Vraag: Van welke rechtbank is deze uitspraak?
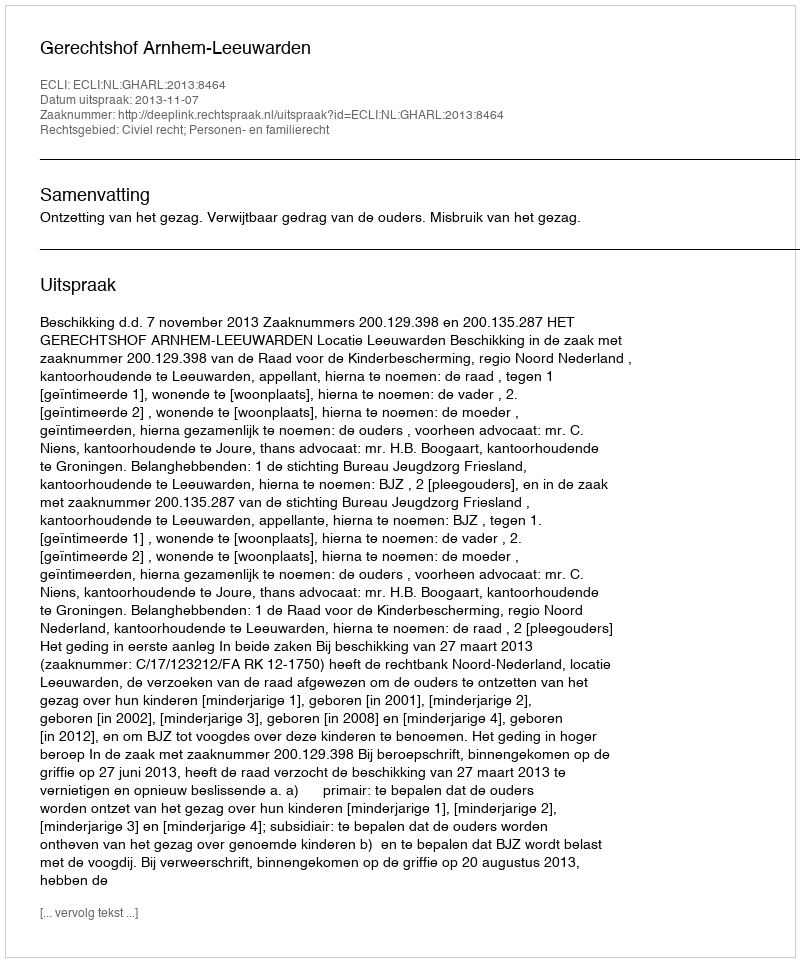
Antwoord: Gerechtshof Arnhem-Leeuwarden